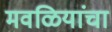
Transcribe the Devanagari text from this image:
मवळियांचा